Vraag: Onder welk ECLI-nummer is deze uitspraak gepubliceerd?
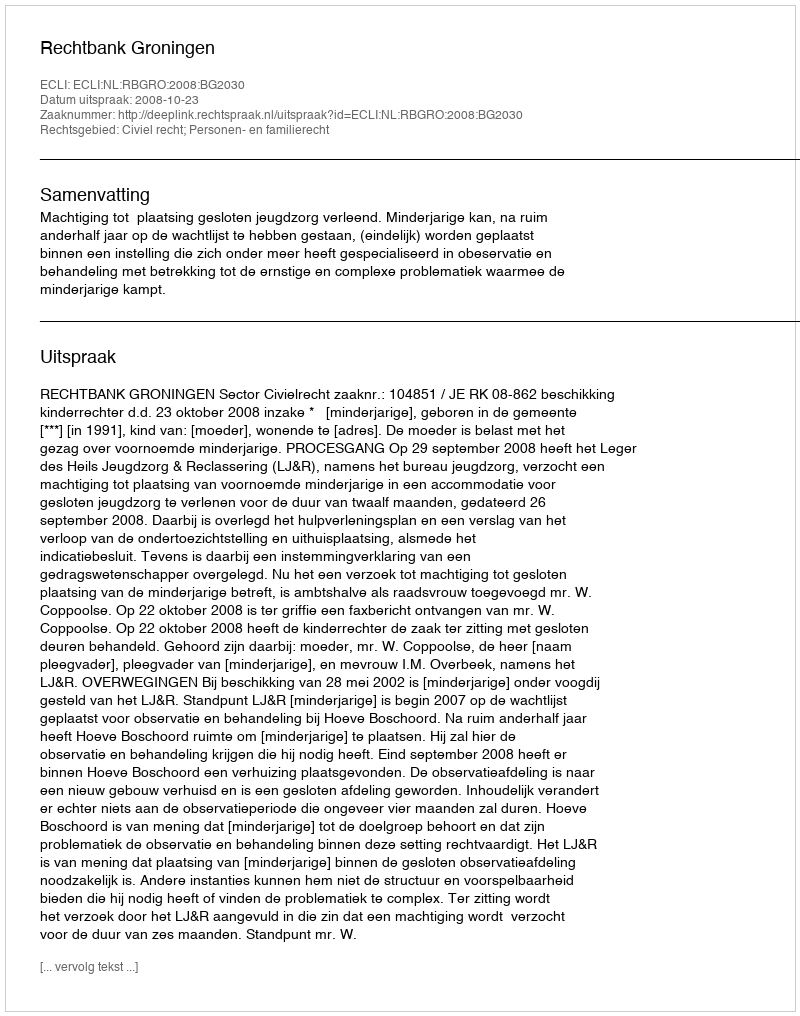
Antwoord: ECLI:NL:RBGRO:2008:BG2030